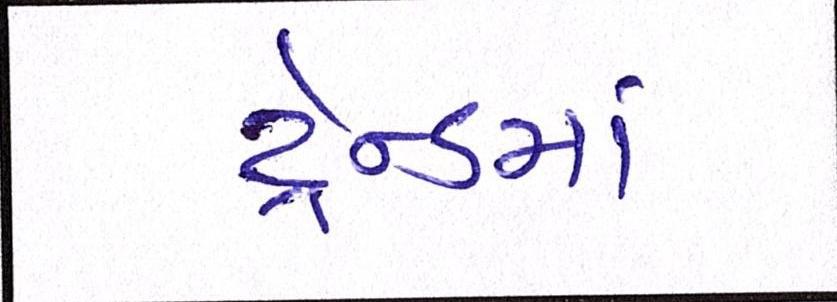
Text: ટ્રેન્ડમાં